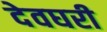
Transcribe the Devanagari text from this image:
देवघरी